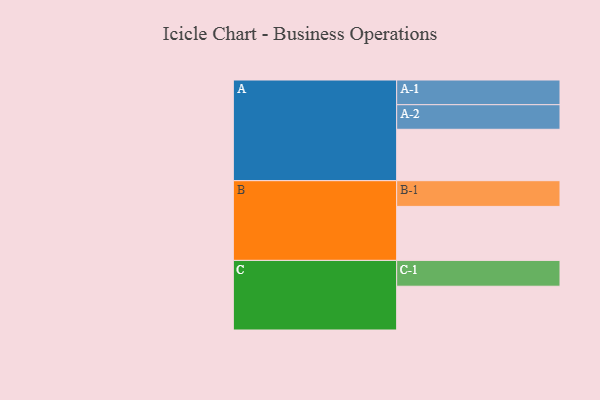
{"axis": {"x": "Segment", "y": "Value"}, "legend": ["", "A", "B", "C"], "data": [{"x": "A", "y": 458, "type": ""}, {"x": "B", "y": 481, "type": ""}, {"x": "C", "y": 390, "type": ""}, {"x": "A-1", "y": 220, "type": "A"}, {"x": "A-2", "y": 219, "type": "A"}, {"x": "B-1", "y": 229, "type": "B"}, {"x": "C-1", "y": 230, "type": "C"}]}